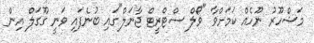
މަޝްހޫރު ނޫހެއް ކަމަށްވާ "ވޯލް ސްޓްރީޓް ޖާނަލް"ގައި ބުނެފައި ވަނީ ގޫގަލް އިން